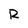
Character: R